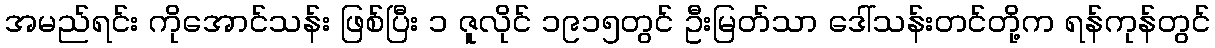
အမည်ရင်း ကိုအောင်သန်း ဖြစ်ပြီး ၁ ဇူလိုင် ၁၉၁၅တွင် ဦးမြတ်သာ ဒေါ်သန်းတင်တို့က ရန်ကုန်တွင်